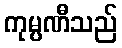
ကုမ္ပဏီသည်